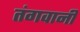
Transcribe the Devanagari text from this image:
तंगवानी